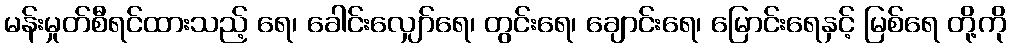
မန်းမှုတ်စီရင်ထားသည့် ရေ၊ ခေါင်းလျှော်ရေ၊ တွင်းရေ၊ ချောင်းရေ၊ မြောင်းရေနှင့် မြစ်ရေ တို့ကို